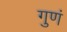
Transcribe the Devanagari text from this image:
गुणं